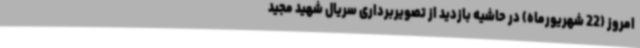
امروز (22 شهریورماه) در حاشیه بازدید از تصویربرداری سریال شهید مجید